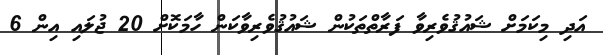
އަދި މިކަމަށް ޝައުޤުވެރިވާ ފަރާތްތަކުން ޝައުޤުވެރިވާކަން ހާމަކޮށް 20 ޖުލައި އިން 6